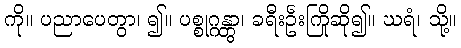
ကို။ ပညာပေတွာ၊ ၍။ ပစ္စုဂ္ဂန္တွာ၊ ခရီးဦးကြိုဆို၍။ ဃရံ၊ သို့။